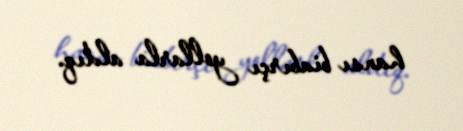
hansı biabırçı yollarla aldıq.